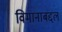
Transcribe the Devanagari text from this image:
विमानाबद्दल